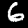
Digit: 6